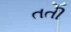
તતી